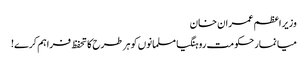
وزیر اعظم عمران خان
میانمار حکومت روہنگیا مسلمانوں کو ہر طرح کا تحفظ فراہم کرے!